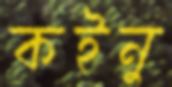
কইনু